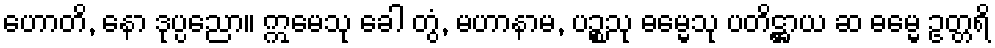
ဟောတိ, နော ဒုပ္ပညော။ ဣမေသု ခေါ တွံ, မဟာနာမ, ပဉ္စသု ဓမ္မေသု ပတိဋ္ဌာယ ဆ ဓမ္မေ ဥတ္တရိ